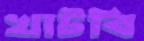
খাটবি